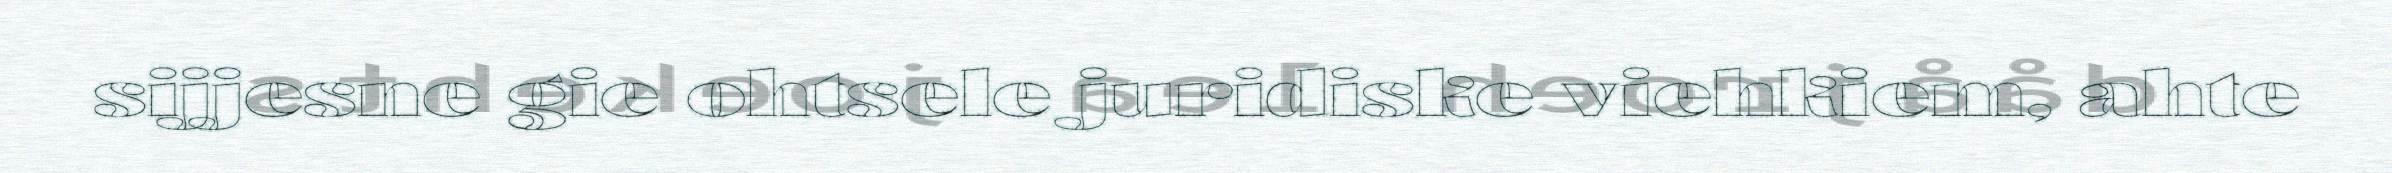
sijjesne gie ohtsele juridiske viehkiem, ahte